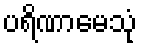
ပရိဏာမေသုံ